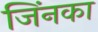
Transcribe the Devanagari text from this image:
जिंनका